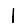
Digit: 1